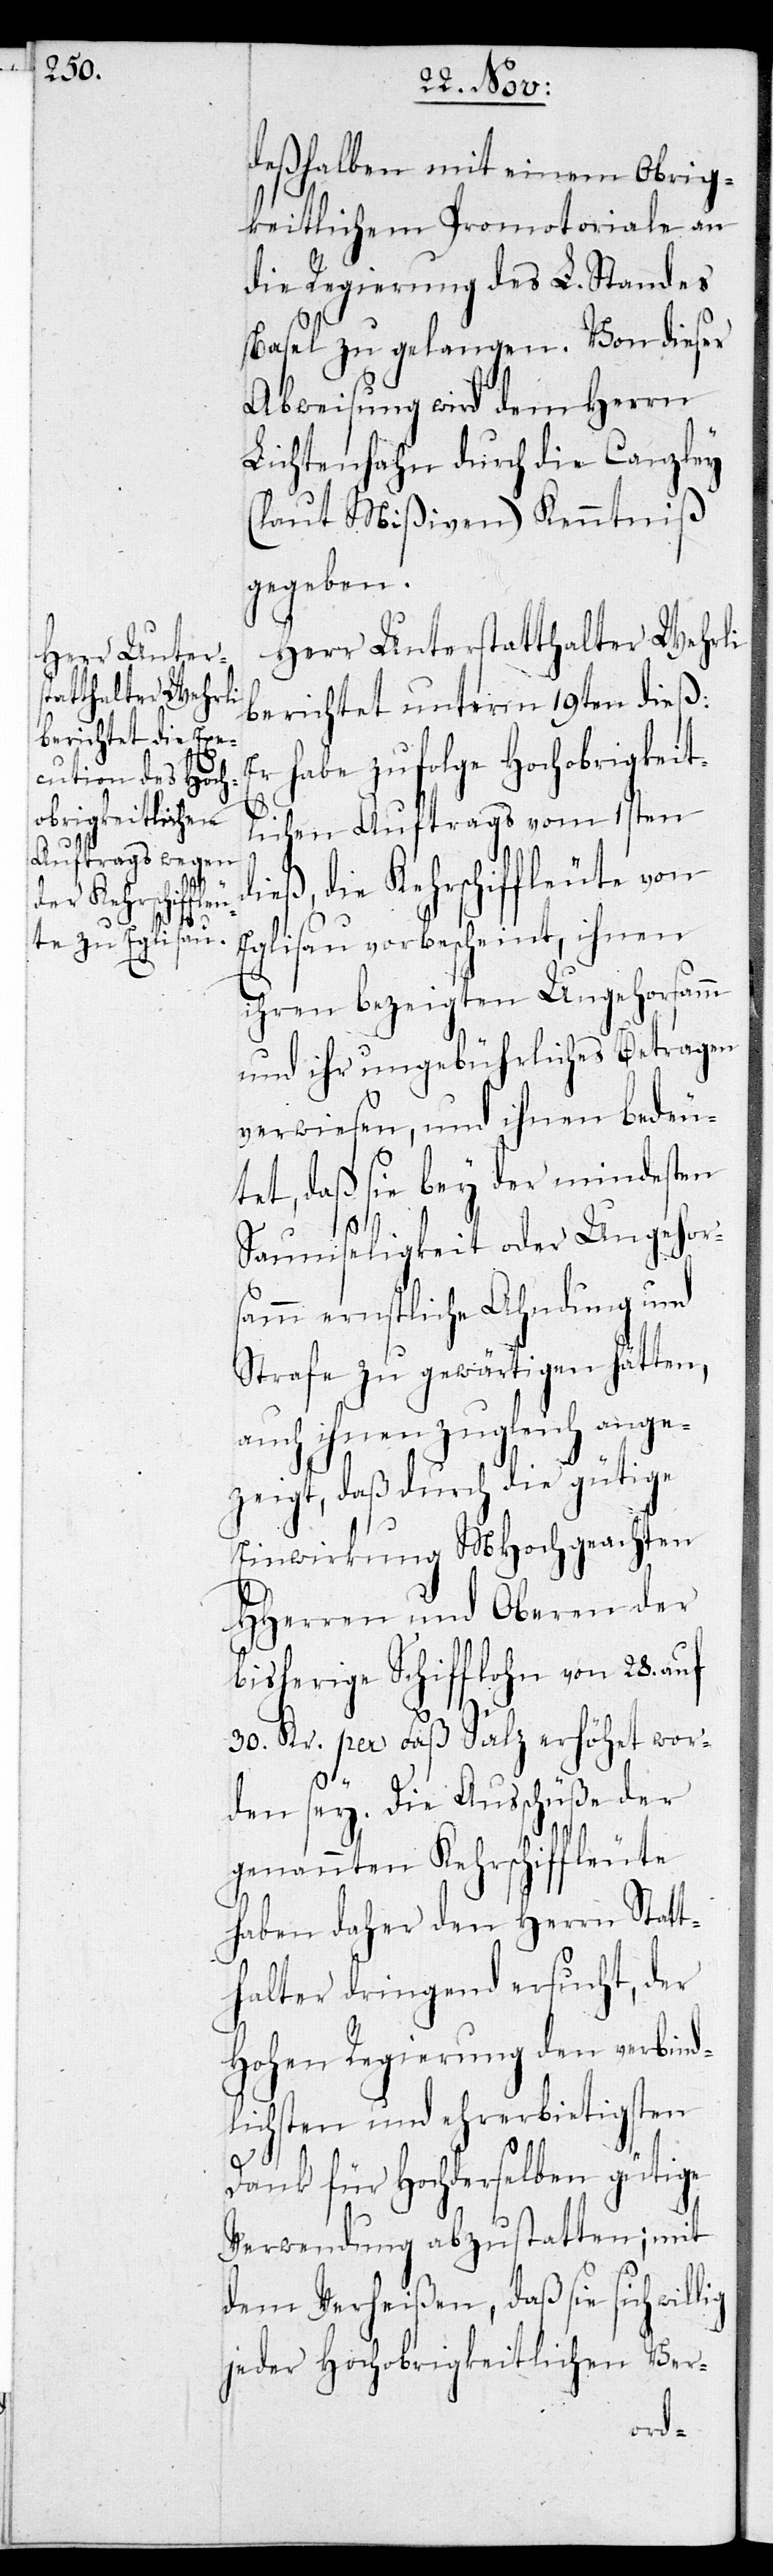
llig

deßhalben mit einem Obrig¬
keitlichen Promotoriale an
die Regierung des L. Standes
Basel zu gelangen. Von dieser
Abweisung wird dem Herrn
Lichtenhahn durch die Canzley
(laut Mißiven) Kenntniß
gegeben.
Herr Unterstatthalter Wehrli
berichtet unterm 19ten dieß:
Er habe zufolge Hochobrigkeit¬
lichen Auftrags vom 1sten
ieß, die Kehrschiffleute von
Eglisau vorbescheint, ihnen
ihren bezeigten Ungehorsamm
und ihr ungebührliches Betragen
verweisen, und ihnen bedeu¬
tet, daß sie bey der mindesten
Saumseligkeit oder Ungehor¬
samm ernstliche Ahndung und
Strafe zu gewärtigen hätten,
auch ihnen zugleich ange¬
zeigt, daß durch die gütige
Einwirkung MHochgeachten
HHerren und Oberen der
bisherige Schifflohn von 28. auf
30. Kr. per Faß Salz erhöhet wor¬
den sey. Die Ausschüße der
genannten Kehrschiffleute
haben daher den Herrn Statt¬
halter dringend ersucht, der
Hohen Regierung den verbind¬
lichsten und ehrerbietigsten
Dank für Hochderselben gütige
Verwendung abzustatten; mit
dem Verheißen, daß sie sich wi¬
jeder Hochobrigkeitlichen Ver-
d¬